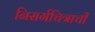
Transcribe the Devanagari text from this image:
निसर्गचित्राची